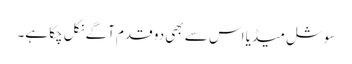
سوشل میڈیا اس سے بھی دو قدم آگے نکل چکا ہے۔